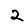
Digit: 2